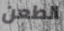
الطعن